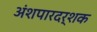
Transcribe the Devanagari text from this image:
अंशपारदर्शक